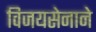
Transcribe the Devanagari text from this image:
विजयसेनाने